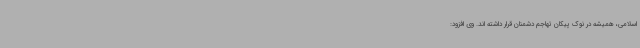
اسلامی، همیشه در نوک پیکان تهاجم دشمنان قرار داشته اند. وی افزود: